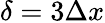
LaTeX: \delta=3\Delta x